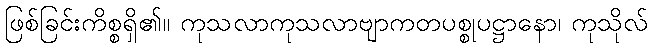
ဖြစ်ခြင်းကိစ္စရှိ၏။ ကုသလာကုသလာဗျာကတပစ္စုပဋ္ဌာနော၊ ကုသိုလ်